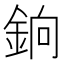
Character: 銄